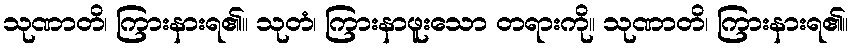
သုဏာတိ၊ ကြားနားရ၏။ သုတံ၊ ကြားနာဖူးသော တရားကို။ သုဏာတိ၊ ကြားနားရ၏။